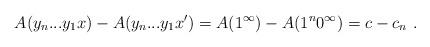
LaTeX: \begin{align*}A(y_n...y_1x) - A(y_n...y_1x') = A(1^\infty) - A(1^n 0^\infty) = c - c_n \ .\end{align*}